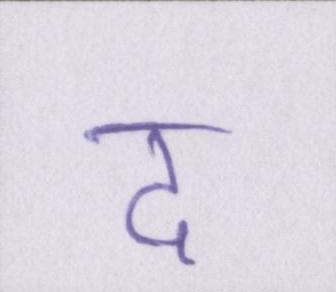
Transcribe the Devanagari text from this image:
द